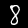
Digit: 8